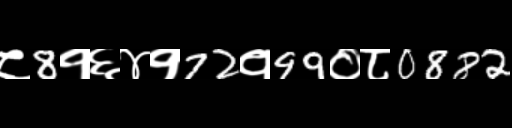
Text: ८8१६४१72१99०८0882